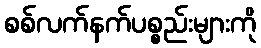
စစ်လက်နက်ပစ္စည်းများကို